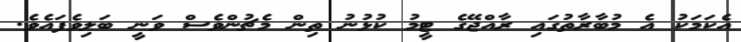
އެކަމަކު އެ މުބާރާތުގައި ރާއްޖޭގެ ޓީމު ކުޅުނު ތިން މެޗުންވެސް ވަނީ ބަލިވެފައެވެ.